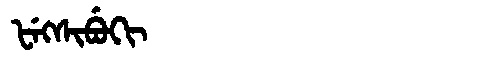
Manchu: ᡶᡝᡴᠰᡳᠪᡠᡴᡳ
Romanization: FEKSIBUKI